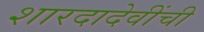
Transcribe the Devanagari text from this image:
शारदादेवींची